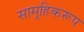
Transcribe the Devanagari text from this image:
सामूहिकरूप